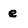
Character: e